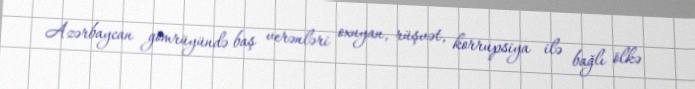
Azərbaycan gömrüyündə baş verənləri oxuyan, rüşvət, korrupsiya ilə bağlı ölkə